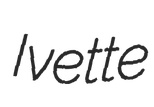
Ivette